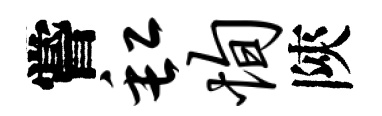
嘗缸恂陝